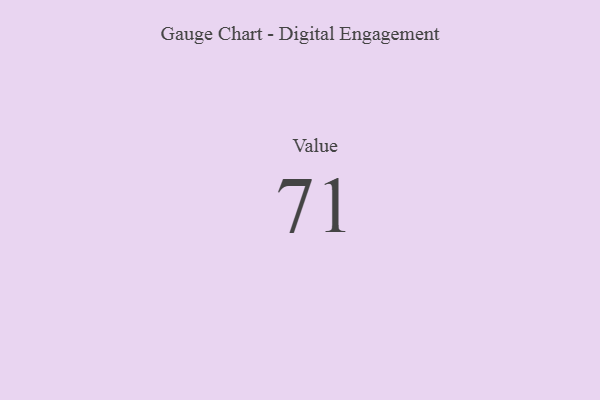
{"axis": {"x": "Metric", "y": "Value"}, "legend": [""], "data": [{"x": "Value", "y": 71, "type": ""}]}